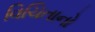
વિચિતાનો